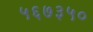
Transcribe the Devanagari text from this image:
५६७३५०